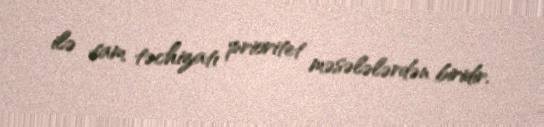
ilə tam təchizatı prioritet məsələlərdən biridir.